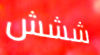
ششش